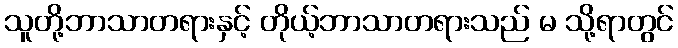
သူတို့ဘာသာတရားနှင့် တိုယ့်ဘာသာတရားသည် မ သို့ရာတွင်